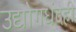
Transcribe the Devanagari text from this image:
उद्योगधंदेही